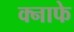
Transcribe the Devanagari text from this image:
क्नाफे